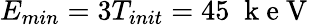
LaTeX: E_{min}=3T_{init}=45\; \mathrm{~k~e~V~}